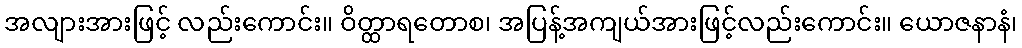
အလျားအားဖြင့် လည်းကောင်း။ ဝိတ္ထာရတောစ၊ အပြန့်အကျယ်အားဖြင့်လည်းကောင်း။ ယောဇနာနံ၊